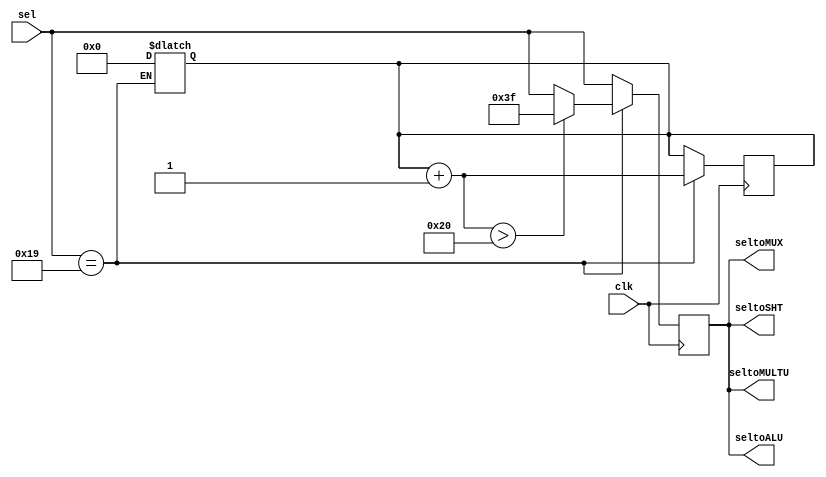
module ALUControl( clk, sel, seltoALU, seltoSHT, seltoMULTU, seltoMUX );
	input clk ;
	input  [5:0] sel ;
	output [5:0] seltoALU ;
	output [5:0] seltoSHT ;
	output [5:0] seltoMULTU ;
	output [5:0] seltoMUX ;

	reg [5:0] temp ;    // 	
	reg [6:0] counter ;

	parameter AND = 6'b100100;  //36
	parameter OR  = 6'b100101;  //37
	parameter ADD = 6'b100000;  //32
	parameter SUB = 6'b100010;  //34
	parameter SLT = 6'b101010;  //42
	parameter SRL = 6'b000010;  //02
	parameter MULTU = 6'b011001; //25
	
	always@( sel )
	begin
		if ( sel == MULTU )
		begin
			// 
			counter = 0 ;
		end
	end

	always@( posedge clk )
	begin
		temp = sel ;
		if ( sel == MULTU )
		begin
			// 
			counter = counter + 1 ;
			
			if ( counter > 32 )
			begin
				// HI LO
				temp = 6'b111111 ; // OUT
			end
		end
	end

	assign seltoALU = temp ;
	assign seltoSHT = temp ;
	assign seltoMULTU = temp ;
	assign seltoMUX = temp ;

endmodule